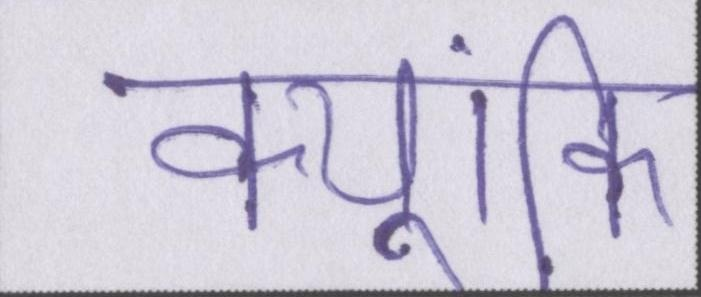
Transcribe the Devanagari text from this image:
क्यूंकि